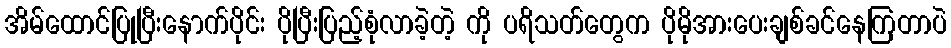
အိမ်ထောင်ပြုပြီးနောက်ပိုင်း ပိုပြီးပြည့်စုံလာခဲ့တဲ့ ကို ပရိသတ်တွေက ပိုမိုအားပေးချစ်ခင်နေကြတာပဲ